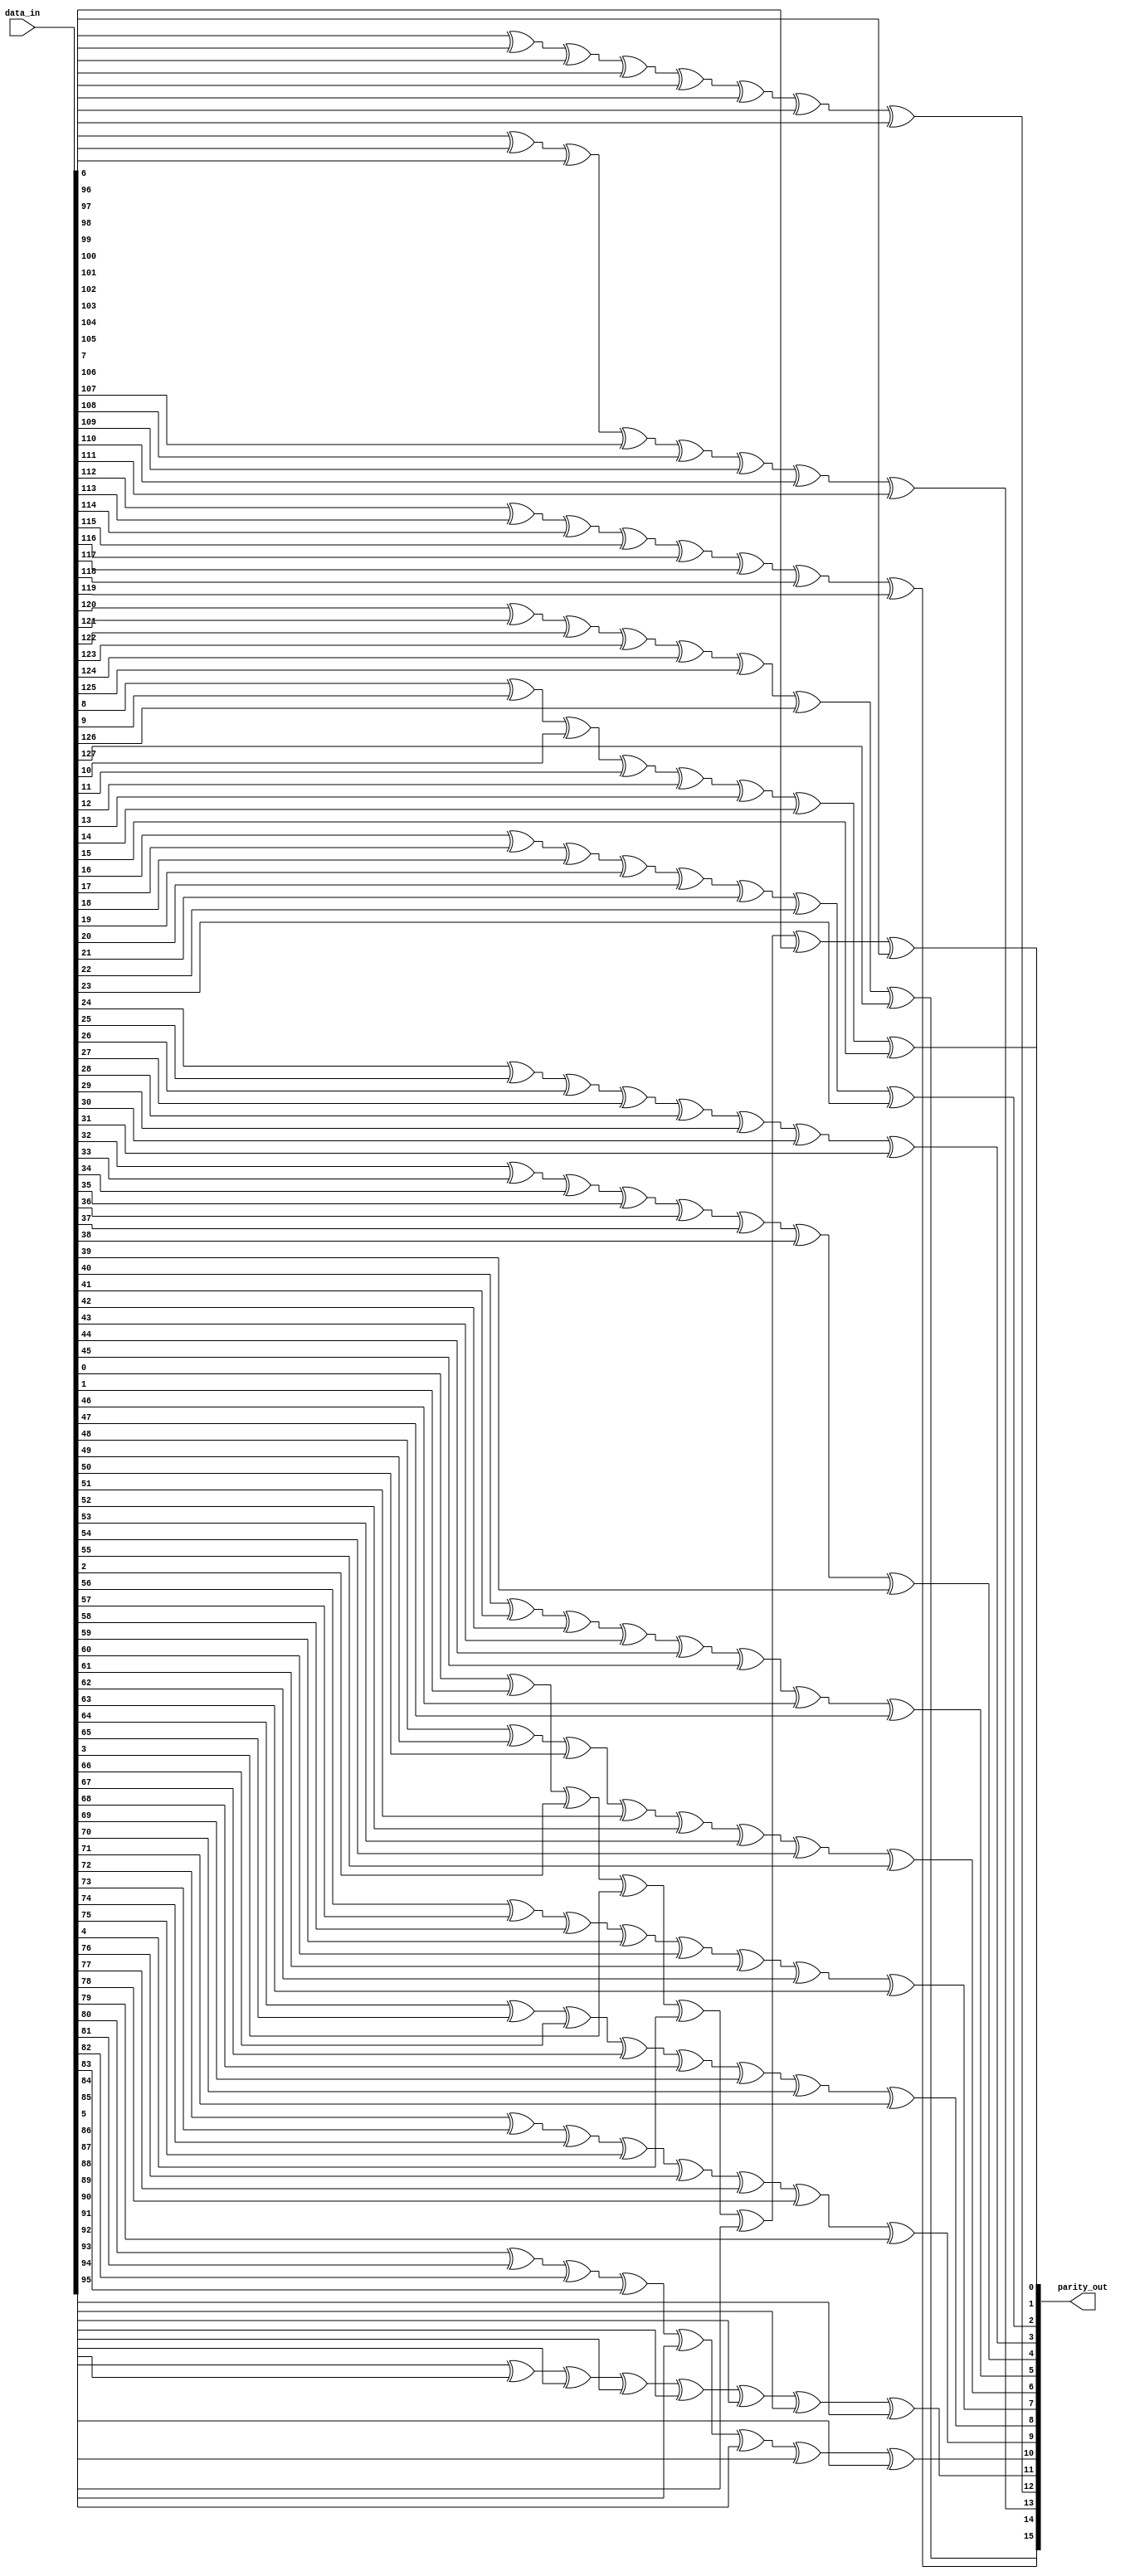
// Modified by Princeton University on June 9th, 2015
// ========== Copyright Header Begin ==========================================
// 
// OpenSPARC T1 Processor File: lsu_dc_parity_gen.v
// Copyright (c) 2006 Sun Microsystems, Inc.  All Rights Reserved.
// DO NOT ALTER OR REMOVE COPYRIGHT NOTICES.
// 
// The above named program is free software; you can redistribute it and/or
// modify it under the terms of the GNU General Public
// License version 2 as published by the Free Software Foundation.
// 
// The above named program is distributed in the hope that it will be 
// useful, but WITHOUT ANY WARRANTY; without even the implied warranty of
// MERCHANTABILITY or FITNESS FOR A PARTICULAR PURPOSE.  See the GNU
// General Public License for more details.
// 
// You should have received a copy of the GNU General Public
// License along with this work; if not, write to the Free Software
// Foundation, Inc., 51 Franklin St, Fifth Floor, Boston, MA 02110-1301, USA.
// 
// ========== Copyright Header End ============================================
////////////////////////////////////////////////////////////////////////
//
//  Module Name: lsu_dc_parity_gen.v
//  Description: Parity Generator based on odd parity

module lsu_dc_parity_gen (parity_out, data_in);

// Changed the default to match that of dcache width
parameter WIDTH = 8 ;
parameter NUM = 16 ;

input	[WIDTH * NUM - 1 : 0]	data_in ; // data in

output	[NUM - 1 : 0]		parity_out ; // parity output
reg	[NUM - 1 : 0]		parity ; // parity output

integer i ;
integer j ;

always @(data_in)
    for (i = 0; i <= NUM - 1 ; i = i + 1) begin
	    parity[i] = 1'b0 ;
        for (j = WIDTH * i; j <= WIDTH * (i + 1) - 1 ; j = j + 1) begin
            parity[i] = parity[i] ^ data_in[j] ;
        end
    end

assign parity_out[NUM - 1 : 0] = parity[NUM - 1 : 0];

endmodule